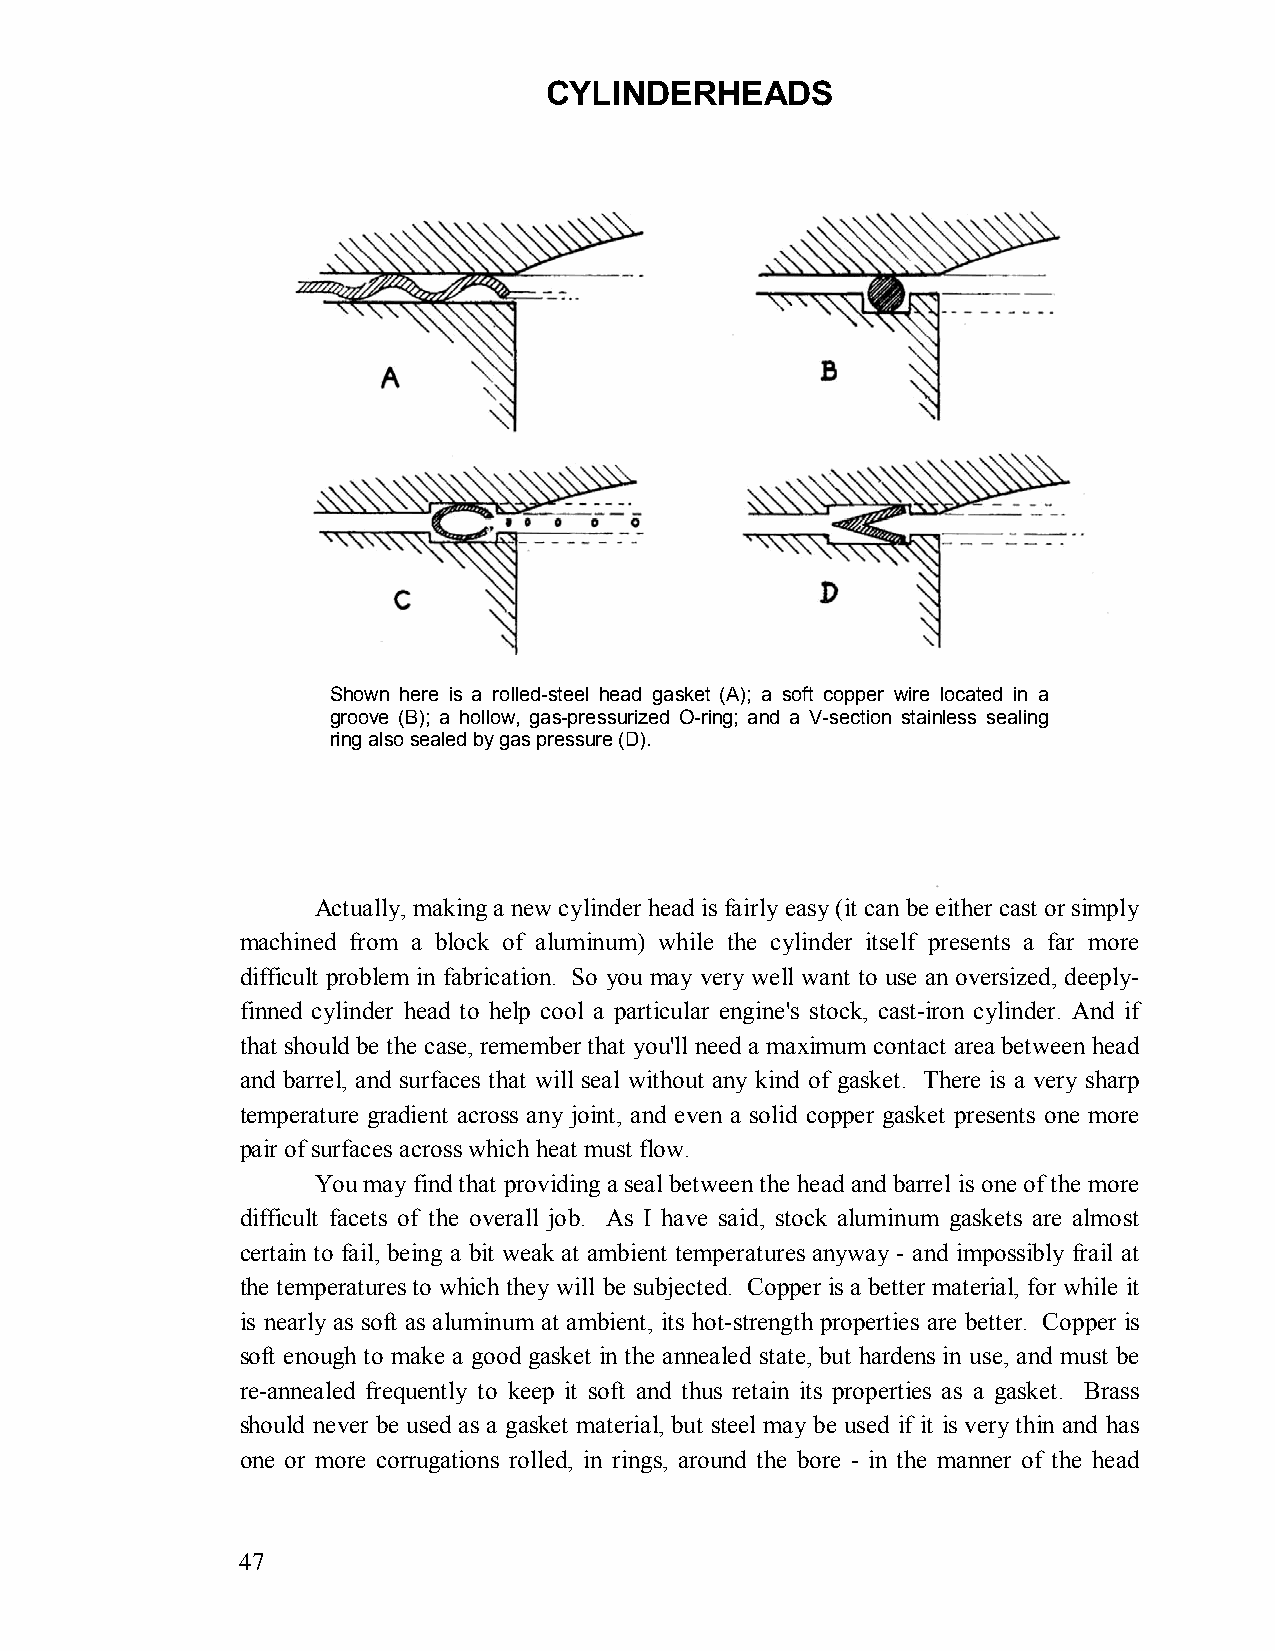
CYLINDERHEADS
 Shown here is a rolled-steel head gasket (A); a soft copper wire located in a
 groove (B); a hollow, gas-pressurized O-ring; and a V-section stainless sealing
 ring also sealed by gas pressure (D).
 Actually, making a new cylinder head is fairly easy (it can be either cast or simply
 machined from a block of aluminum) while the cylinder itself presents a far more
 difficult problem in fabrication. So you may very well want to use an oversized, deeply-
 finned cylinder head to help cool a particular engine's stock, cast-iron cylinder. And if
 that should be the case, remember that you'll need a maximum contact area between head
 and barrel, and surfaces that will seal without any kind of gasket. There is a very sharp
 temperature gradient across any joint, and even a solid copper gasket presents one more
 pair of surfaces across which heat must flow.
 You may find that providing a seal between the head and barrel is one of the more
 difficult facets of the overall job. As I have said, stock aluminum gaskets are almost
 certain to fail, being a bit weak at ambient temperatures anyway - and impossibly frail at
 the temperatures to which they will be subjected. Copper is a better material, for while it
 is nearly as soft as aluminum at ambient, its hot-strength properties are better. Copper is
 soft enough to make a good gasket in the annealed state, but hardens in use, and must be
 re-annealed frequently to keep it soft and thus retain its properties as a gasket. Brass
 should never be used as a gasket material, but steel may be used if it is very thin and has
 one or more corrugations rolled, in rings, around the bore - in the manner of the head
 47